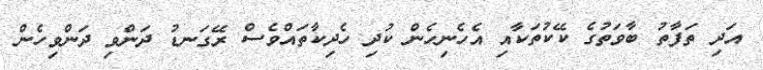
އަދި ތަފާތު ބާވަތުގެ ކޭކުތަކާއި އެހެނިހެން ކުދި ހެދިކާތައްވެސް ރޭގަނޑު ދަންވި ދަންވިހެން